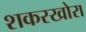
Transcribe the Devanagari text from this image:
शकरखोरा